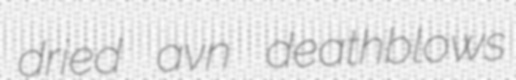
dried avn deathblows